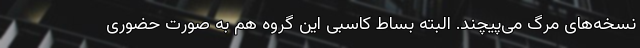
نسخه‌های مرگ می‌پیچند. البته بساط کاسبی این گروه هم به صورت حضوری